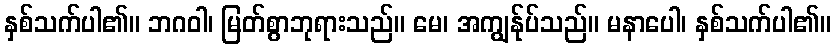
နှစ်သက်ပါ၏။ ဘဂဝါ၊ မြတ်စွာဘုရားသည်။ မေ၊ အကျွန်ုပ်သည်။ မနာပေါ၊ နှစ်သက်ပါ၏။